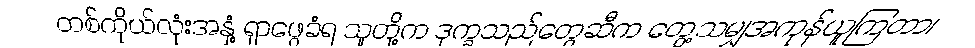
တစ်ကိုယ်လုံးအနှံ့ ရှာဖွေခံရ သူတို့က ဒုက္ခသည်တွေဆီက တွေ့သမျှအကုန်ယူကြတာ၊